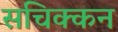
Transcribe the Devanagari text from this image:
सचिक्‍कन